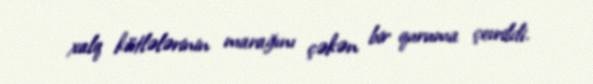
xalq kütlələrinin marağını çəkən bir quruma çevrildi.